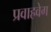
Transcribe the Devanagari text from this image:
प्रवाहवेग